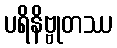
ပရိနိဗ္ဗုတဿ